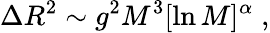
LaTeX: \Delta R^{2}\sim g^{2}M^{3}[\ln M]^{\alpha}\; ,